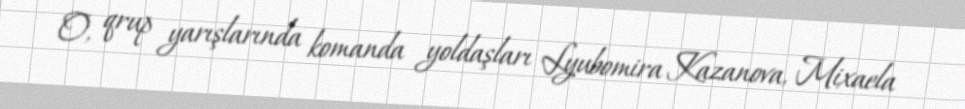
O, qrup yarışlarında komanda yoldaşları Lyubomira Kazanova, Mixaela